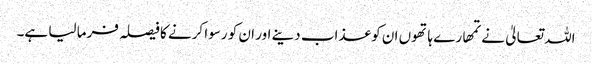
اللہ تعالیٰ نے تمھارے ہاتھوں ان کو عذاب دینے اور ان کو رسوا کرنے کا فیصلہ فرما لیا ہے۔